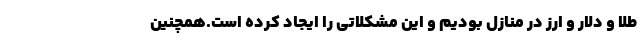
طلا و دلار و ارز در منازل بودیم و این مشکلاتی را ایجاد کرده است.همچنین